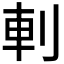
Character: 𠜒